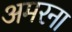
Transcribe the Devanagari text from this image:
अमरना